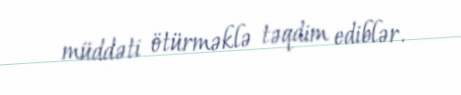
müddəti ötürməklə təqdim ediblər.